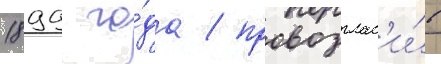
1899 го́да / провозглас'и́в